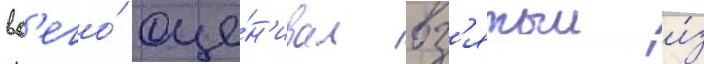
вс'его́ оце́н'ивал вз'ятыи и́з